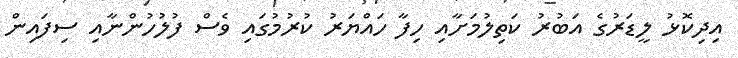
އިދިކޮޅު ލީޑަރުގެ އަބުރު ކަތިލުމަށާއި ހިފާ ހައްޔަރު ކުރުމުގައި ވެސް ފުލުހުންނާއި ސިފައިން